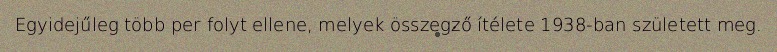
Egyidejűleg több per folyt ellene, melyek összegző ítélete 1938-ban született meg.